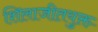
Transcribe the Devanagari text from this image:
शिलाजीतयुक्त